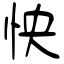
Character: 怏